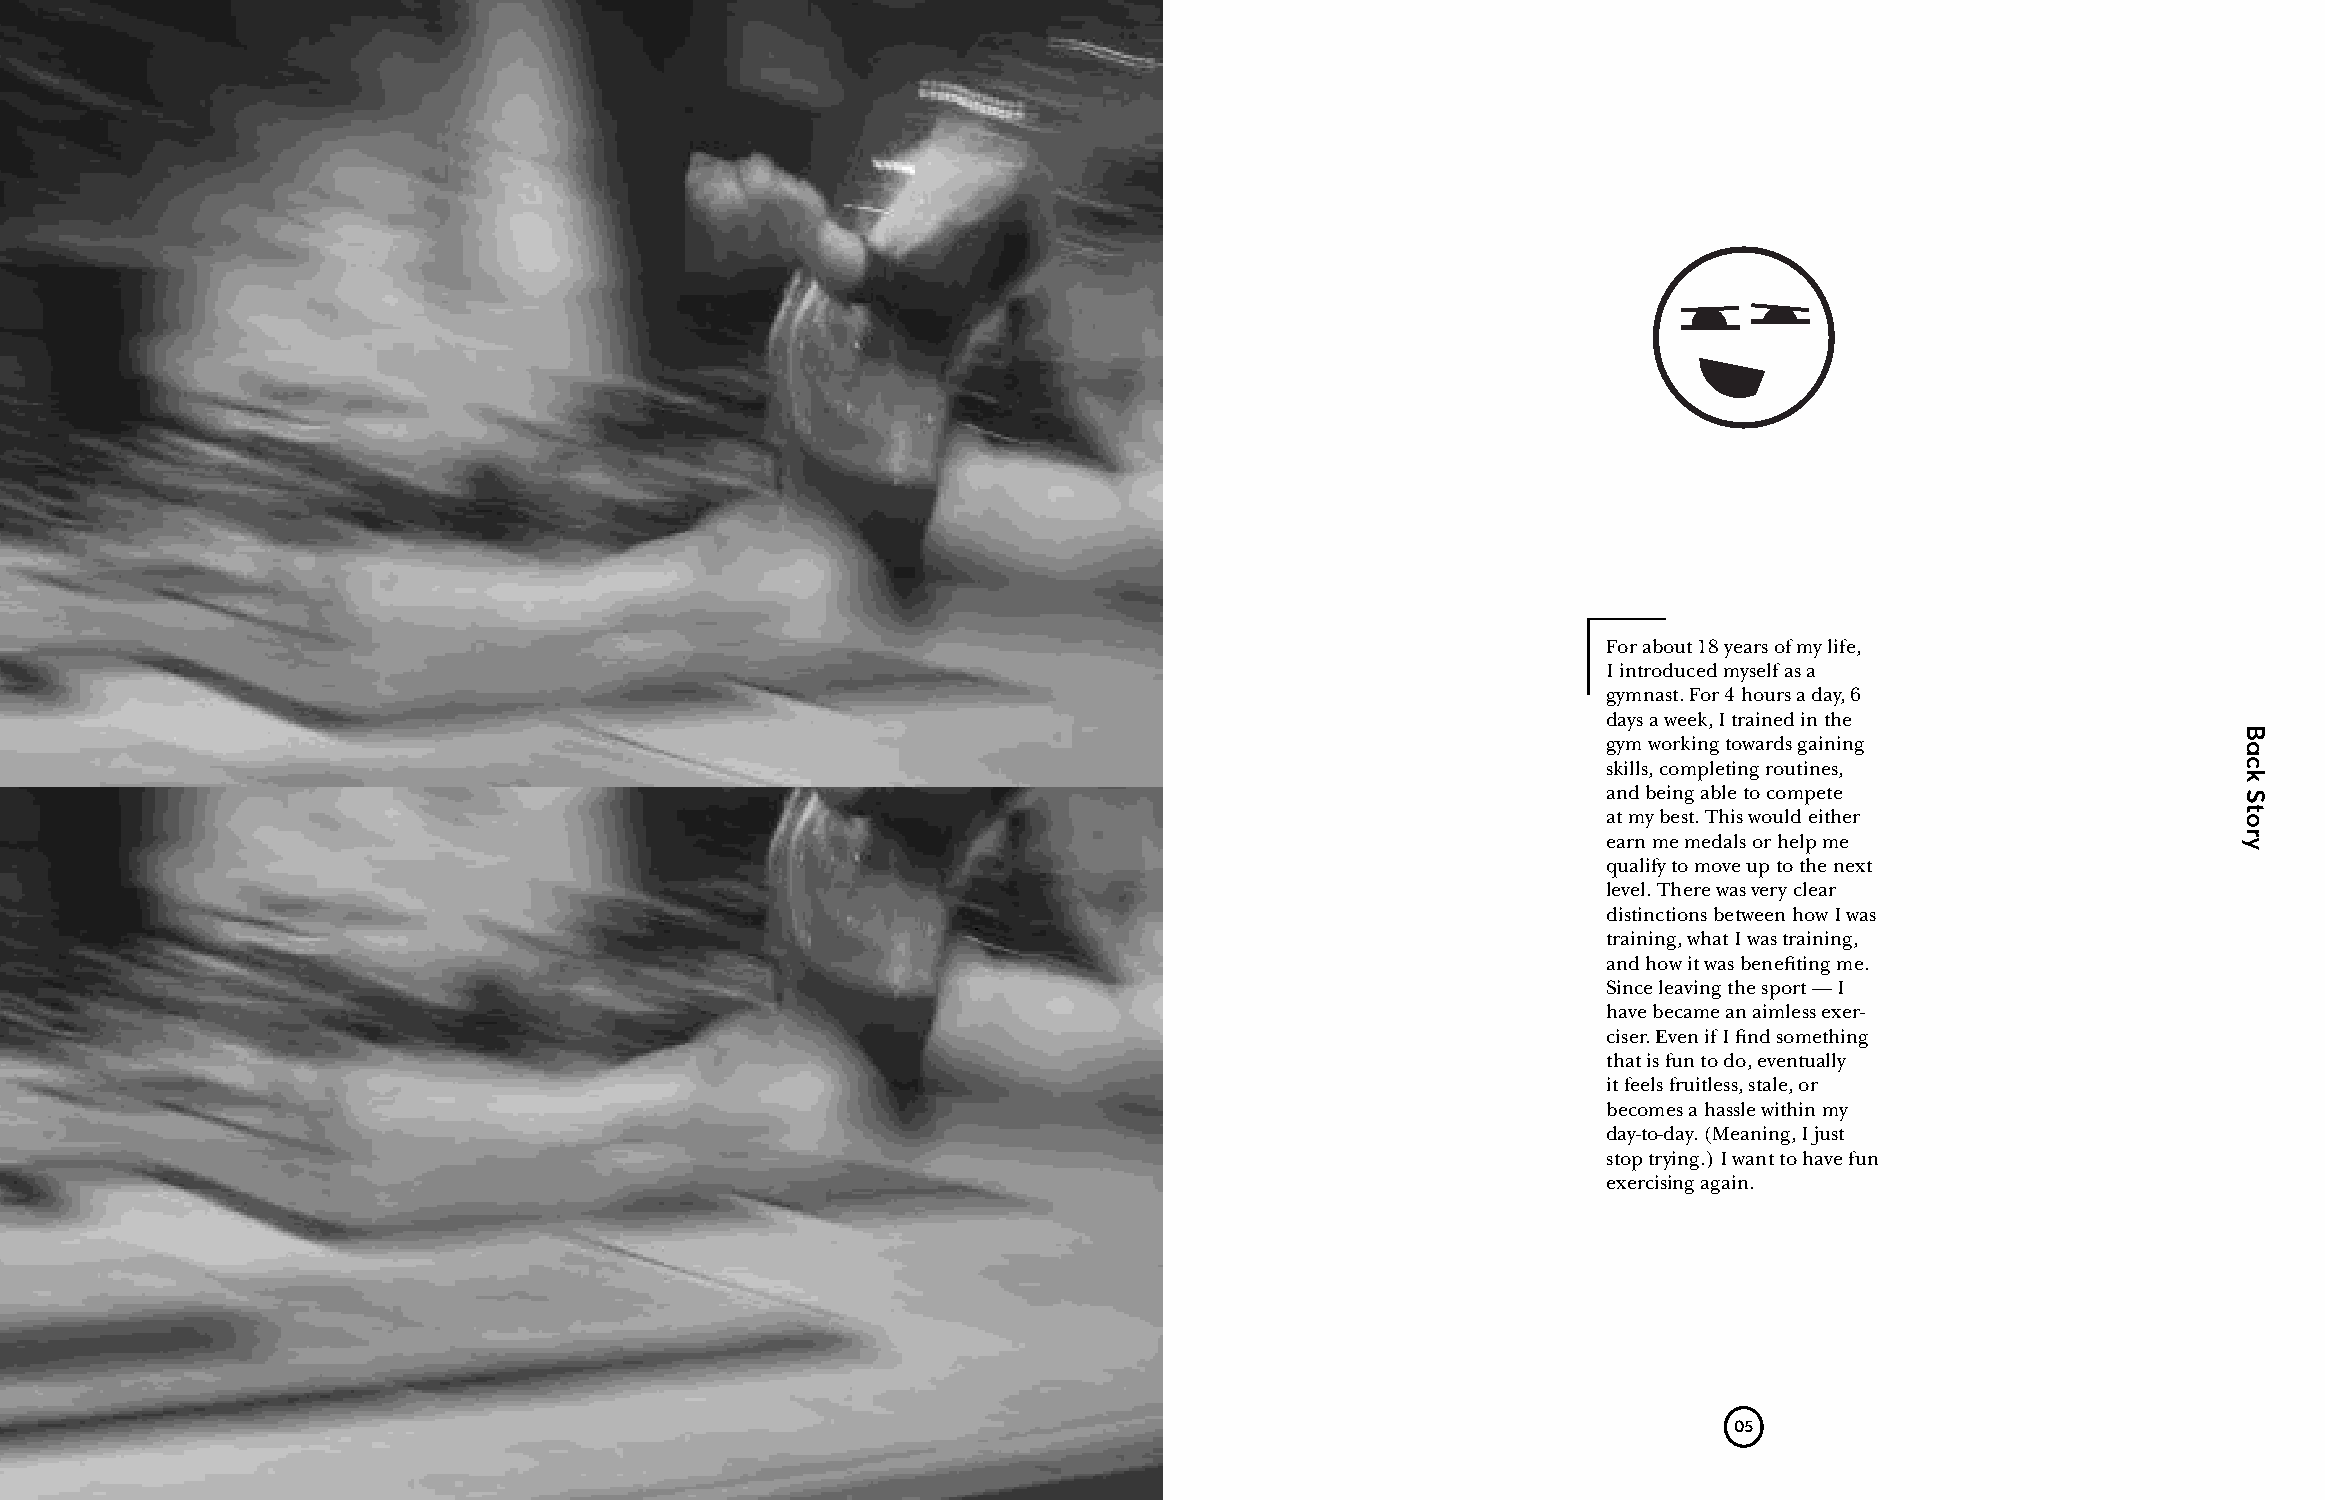
For about 18 years of my life,
 I introduced myself as a
 gymnast. For 4 hours a day, 6
 days a week, I trained in the
 gym working towards gaining
 skills, completing routines,
 and being able to compete
 at my best. This would either
 earn me medals or help me
 qualify to move up to the next
 level. There was very clear
 distinctions between how I was
 training, what I was training,
 and how it was benefiting me.
 Since leaving the sport — I
 have became an aimless exer-
 ciser. Even if I find something
 that is fun to do, eventually
 it feels fruitless, stale, or
 becomes a hassle within my
 day-to-day. (Meaning, I just
 stop trying.) I want to have fun
 exercising again.
 05
 Back
 Story